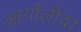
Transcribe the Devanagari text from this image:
आर्गोलीदा